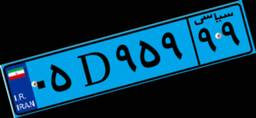
۶۷D۳۱۰۰۵